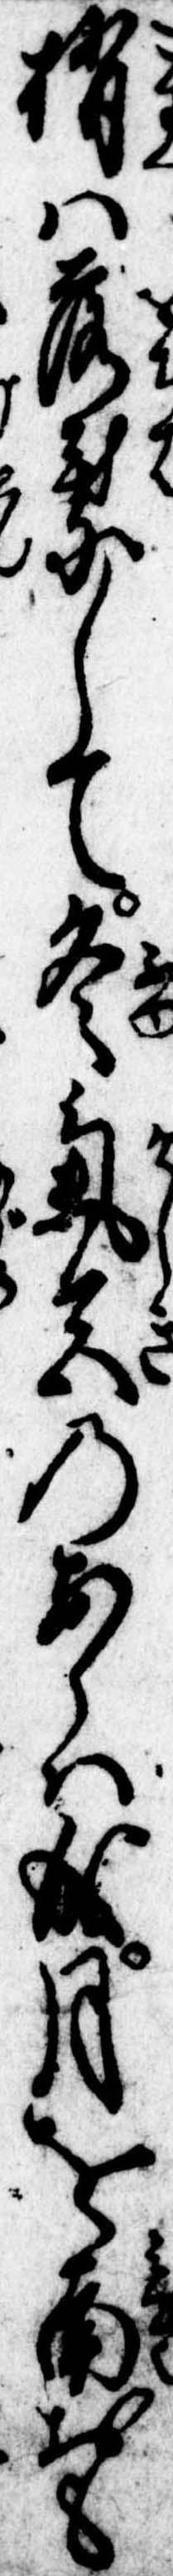
梢は落葉して冬気色のあらは成月を南おも